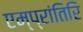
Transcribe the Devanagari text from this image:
एम्प्रांतिरि